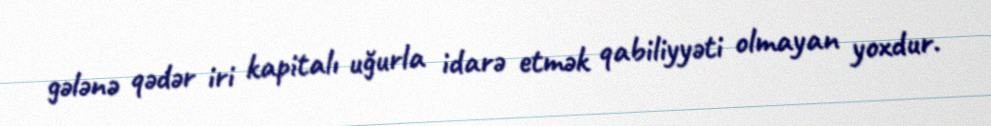
gələnə qədər iri kapitalı uğurla idarə etmək qabiliyyəti olmayan yoxdur.